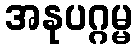
အနုပဂ္ဂမ္မ